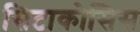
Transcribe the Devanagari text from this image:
सिटाकोसिस